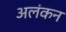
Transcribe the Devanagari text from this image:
अलंकन